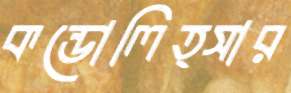
কন্ডোলিত্সার